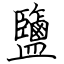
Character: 鹽